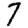
Digit: 7